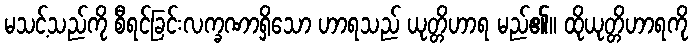
မသင့်သည်ကို စီရင်ခြင်းလက္ခဏာရှိသော ဟာရသည် ယုတ္တိဟာရ မည်၏။ ထိုယုတ္တိဟာရကို